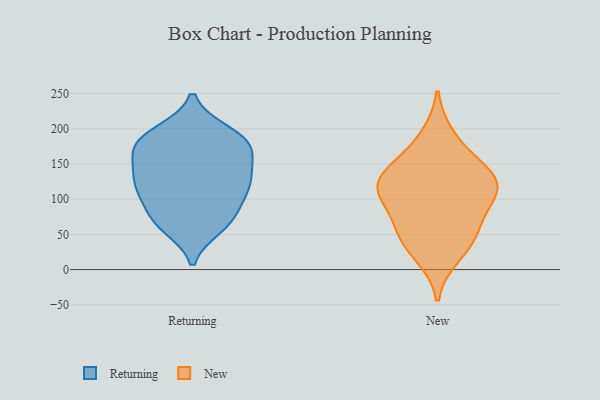
{"axis": {"x": "Production Output", "y": "Value"}, "legend": ["New", "Returning"], "data": [{"x": "", "y": 173, "type": "Returning"}, {"x": "", "y": 120, "type": "Returning"}, {"x": "", "y": 196, "type": "Returning"}, {"x": "", "y": 70, "type": "Returning"}, {"x": "", "y": 102, "type": "Returning"}, {"x": "", "y": 71, "type": "Returning"}, {"x": "", "y": 60, "type": "Returning"}, {"x": "", "y": 114, "type": "Returning"}, {"x": "", "y": 142, "type": "Returning"}, {"x": "", "y": 93, "type": "Returning"}, {"x": "", "y": 196, "type": "Returning"}, {"x": "", "y": 168, "type": "Returning"}, {"x": "", "y": 134, "type": "Returning"}, {"x": "", "y": 126, "type": "Returning"}, {"x": "", "y": 123, "type": "Returning"}, {"x": "", "y": 171, "type": "Returning"}, {"x": "", "y": 63, "type": "Returning"}, {"x": "", "y": 185, "type": "Returning"}, {"x": "", "y": 184, "type": "Returning"}, {"x": "", "y": 160, "type": "Returning"}, {"x": "", "y": 120, "type": "New"}, {"x": "", "y": 103, "type": "New"}, {"x": "", "y": 50, "type": "New"}, {"x": "", "y": 44, "type": "New"}, {"x": "", "y": 20, "type": "New"}, {"x": "", "y": 154, "type": "New"}, {"x": "", "y": 129, "type": "New"}, {"x": "", "y": 189, "type": "New"}, {"x": "", "y": 137, "type": "New"}, {"x": "", "y": 115, "type": "New"}, {"x": "", "y": 64, "type": "New"}, {"x": "", "y": 102, "type": "New"}]}